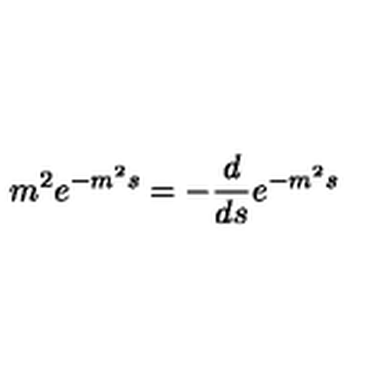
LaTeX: m ^ { 2 } e ^ { - m ^ { 2 } s } = - { \frac { d } { d s } } e ^ { - m ^ { 2 } s }